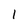
Character: 1